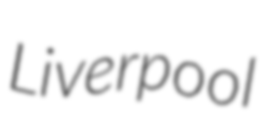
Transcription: Liverpool